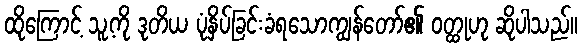
ထိုကြောင့် သူ့ကို ဒုတိယ ပုံနှိပ်ခြင်းခံရသောကျွန်တော်၏ ဝတ္ထုဟု ဆိုပါသည်။